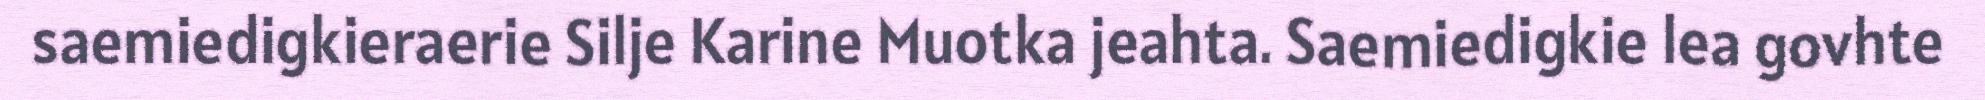
saemiedigkieraerie Silje Karine Muotka jeahta. Saemiedigkie lea govhte